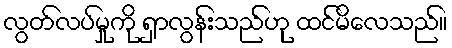
လွတ်လပ်မှုကို ရှာလွန်းသည်ဟု ထင်မိလေသည်။